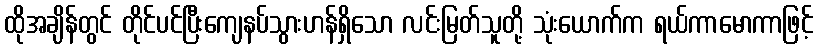
ထိုအချိန်တွင် တိုင်ပင်ပြီးကျေနပ်သွားဟန်ရှိသော လင်းမြတ်သူတို့ သုံးယောက်က ရယ်ကာမောကာဖြင့်